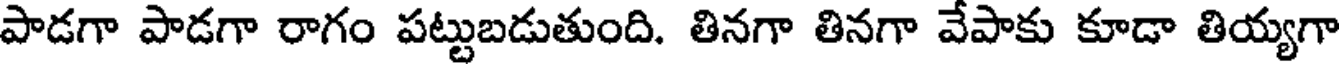
పాడగా పాడగా రాగం పట్టుబడుతుంది. తినగా తినగా వేపాకు కూడా తియ్యగా